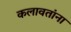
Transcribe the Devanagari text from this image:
कलावतांना